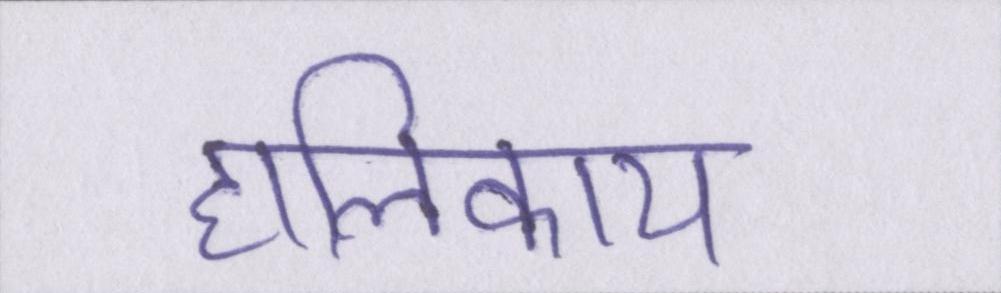
हालिकाय